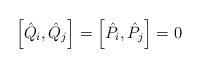
LaTeX: \begin{align*}\left[ \hat{Q}_i,\hat{Q}_j \right] = \left[ \hat{P}_i,\hat{P}_j \right] = 0\end{align*}